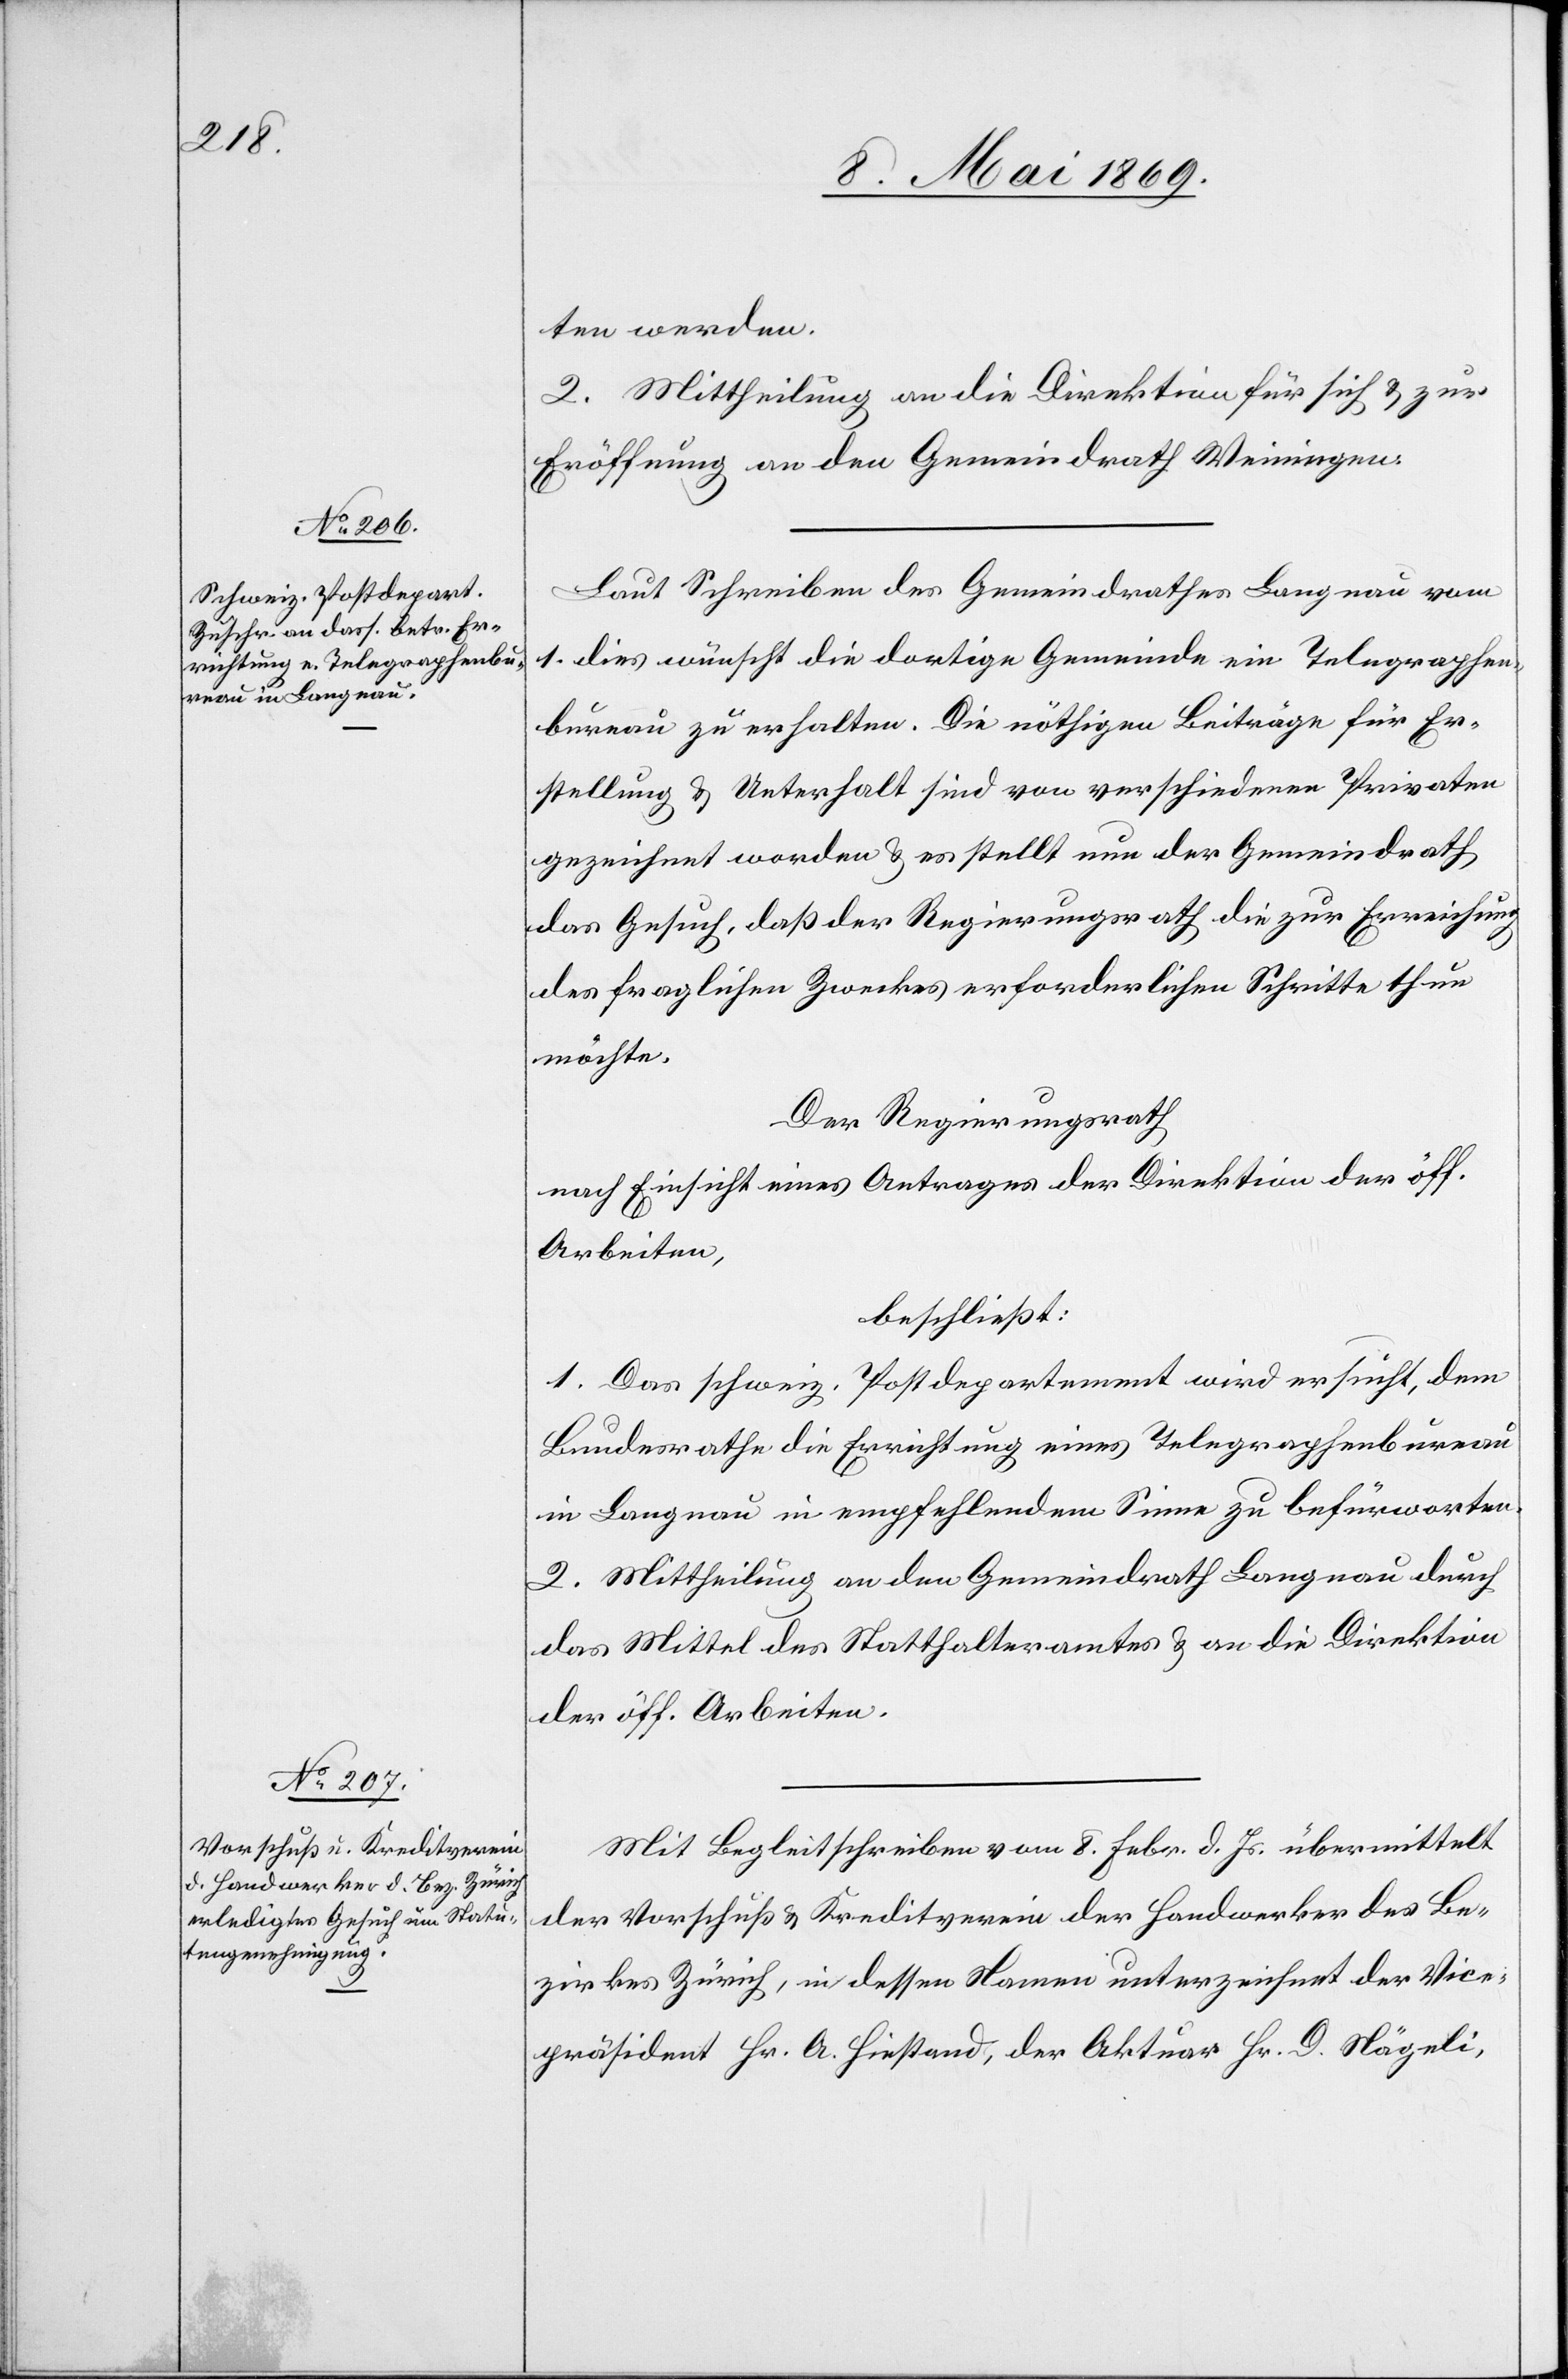
ten werden.
2. Mittheilung an die Direktion für sich u. zur
Eröffnung an den Gemeindrath Weiningen.
Laut Schreiben des Gemeindrathes Langnau vom
1. dies wünscht die dortige Gemeinde ein Telegraphen¬
bureau zu erhalten. Die nöthigen Beiträge für Er¬
stellung u. Unterhalt sind von verschiedenen Privaten
gezeichnet worden u. es stellt nun der Gemeindrath
das Gesuch, daß der Regierungsrath die zur Erreichung
des fraglichen Zweckes erforderlichen Schritte thun
möchte.
Der Regierungsrath
nach Einsicht eines Antrages der Direktion der öff.
Arbeiten,
beschließt:
1. Das schweiz. Postdepartement wird ersucht, dem
Bundesrathe die Errichtung eines Telegraphenbureau
in Langnau in empfehlendem Sinne zu befürworten.
2. Mittheilung an den Gemeindrath Langnau durch
das Mittel des Statthalteramtes u. an die Direktion
der öff. Arbeiten.
Mit Begleitschreiben vom 8. Febr. d. Js. übermittelt
der Vorschuß u. Kreditverein der Handwerker des Be¬
zirkes Zürich, in dessen Namen unterzeichnet der Vice¬
präsident Hr. A. Hiestand, der Aktuar Hr. D. Nägeli,